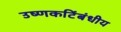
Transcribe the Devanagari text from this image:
उष्णकटिंबंधीय